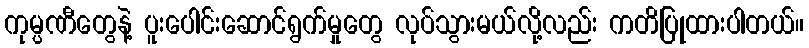
ကုမ္ပဏီတွေနဲ့ ပူးပေါင်းဆောင်ရွက်မှုတွေ လုပ်သွားမယ်လို့လည်း ကတိပြုထားပါတယ်။